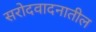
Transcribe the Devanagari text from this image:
सरोदवादनातील